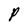
Character: P